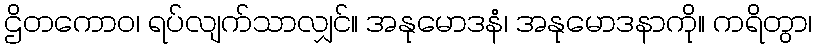
ဌိတကောဝ၊ ရပ်လျက်သာလျှင်။ အနုမောဒနံ၊ အနုမောဒနာကို။ ကရိတွာ၊